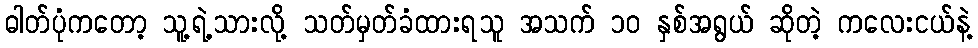
ဓါတ်ပုံကတော့ သူ့ရဲ့သားလို့ သတ်မှတ်ခံထားရသူ အသက် ၁၀ နှစ်အရွယ် ဆိုတဲ့ ကလေးငယ်နဲ့